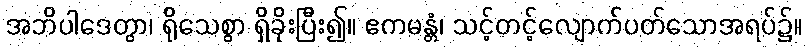
အဘိပါဒေတွာ၊ ရိုသေစွာ ရှိခိုးပြီး၍။ ဧကမန္တံ၊ သင့်တင့်လျောက်ပတ်သောအရပ်၌။